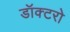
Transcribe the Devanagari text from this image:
डॉक्‍टरो